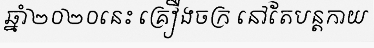
ឆ្នាំ២០២០នេះ គ្រឿងចក្រ នៅតែបន្តកាយ